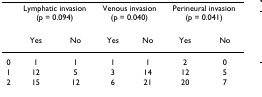
|  | <COLSPAN=2> Lymphatic invasion(p = 0.094) | <COLSPAN=2> Venous invasion(p = 0.040) | <COLSPAN=2> Perineural invasion(p = 0.041) |
 |  | Yes | No | Yes | No | Yes | No |
 | --- | --- | --- | --- | --- | --- | --- |
 | 0 | 1 | 1 | 1 | 1 | 2 | 0 |
 | 1 | 12 | 5 | 3 | 14 | 12 | 5 |
 | 2 | 15 | 12 | 6 | 21 | 20 | 7 |